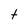
Character: t